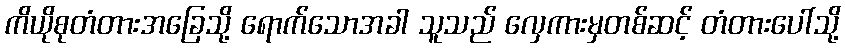
ကိယိုစုတံတားအခြေသို့ ရောက်သောအခါ သူသည် လှေကားမှတစ်ဆင့် တံတားပေါ်သို့